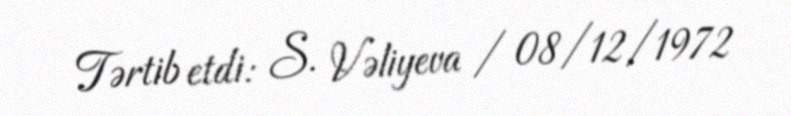
Tərtib etdi: S. Vəliyeva / 08/12/1972